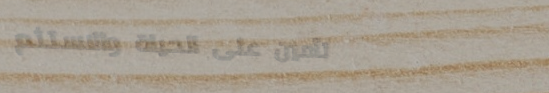
تأمين على الحياة والاستثم